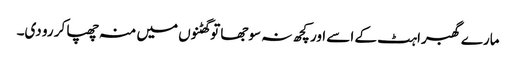
مارے گھبراہٹ کے اسے اور کچھ نہ سوجھا تو گھٹنوں میں منہ چھپا کر رو دی۔